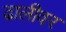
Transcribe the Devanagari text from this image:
ढालीवर